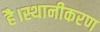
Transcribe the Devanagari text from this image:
है।स्थानीकरण